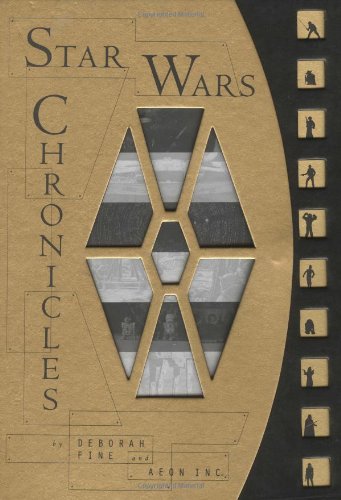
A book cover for Star Wars Chronicles; Deborah Fine; Humor & Entertainment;